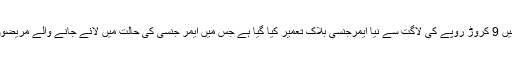
حنیف عباسی نے کہا کہ بے نظیر بھٹو ہسپتال میں 9 کروڑ روپے کی لاگت سے نیا ایمرجنسی بلاک تعمیر کیا گیا ہے جس میں ایمر جنسی کی حالت میں لائے جانے والے مریضوں کو علاج کی بہترین سہولیات حاصل ہوں گی ۔